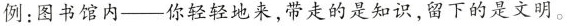
例：图书馆内——你轻轻地来，带走的是知识，留下的是文明。